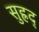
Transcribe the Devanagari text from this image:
सुह्रद्